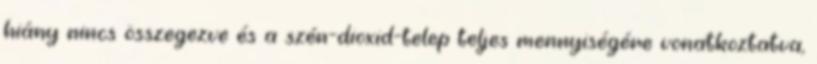
hiány nincs összegezve és a szén-dioxid-telep teljes mennyiségére vonatkoztatva,